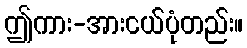
ဤကား-အားငယ်ပုံတည်း။